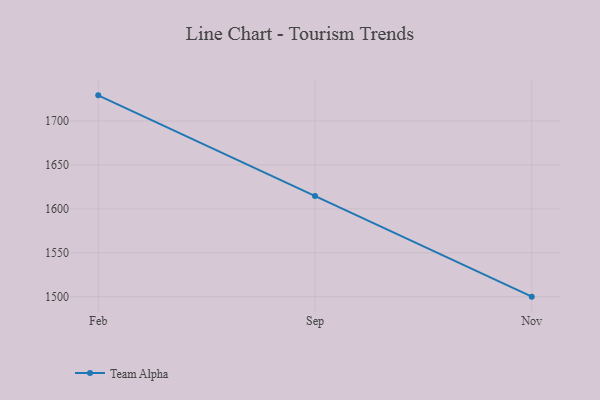
{"axis": {"x": "Month", "y": "Temperature (°C)"}, "legend": ["Team Alpha"], "data": [{"x": "Feb", "y": 1729.2, "type": "Team Alpha"}, {"x": "Sep", "y": 1614.7, "type": "Team Alpha"}, {"x": "Nov", "y": 1500.1, "type": "Team Alpha"}]}